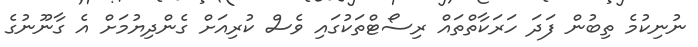
ނުނިކުމެ ތިބުން ފަދަ ހަރަކާތްތައް ރިސޯޓްތަކުގައި ވެސް ކުރިއަށް ގެންދިޔުމަށް އެ ގާނޫނުގެ